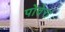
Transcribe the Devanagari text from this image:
पोवेरा